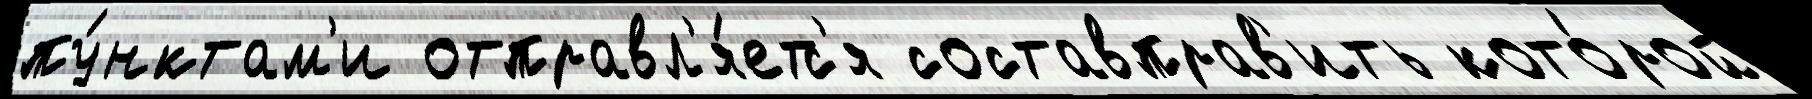
пу́нктам'и отправл'я́етс'я составправ'ить кото́рой